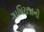
ગાધિરાજાની